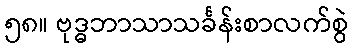
၅၈။ ဗုဒ္ဓဘာသာသင်္ခန်းစာလက်စွဲ